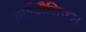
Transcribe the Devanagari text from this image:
हाईड्रौलिक्स